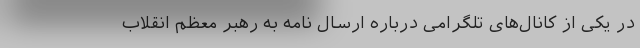
در یکی از کانال‌های تلگرامی درباره ارسال نامه به رهبر معظم انقلاب